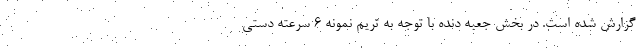
گزارش شده است. در بخش جعبه دنده با توجه به تریم نمونه 6 سرعته دستی